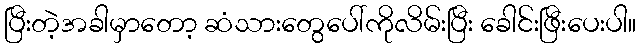
ပြီးတဲ့အခါမှာတော့ ဆံသားတွေပေါ်ကိုလိမ်းပြီး ခေါင်းဖြီးပေးပါ။